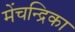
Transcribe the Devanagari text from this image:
मेंचन्द्रिका